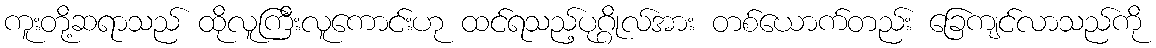
ကူးတို့ဆရာသည် ထိုလူကြီးလူကောင်းဟု ထင်ရသည့်ပုဂ္ဂိုလ်အား တစ်ယောက်တည်း ခြေကျင်လာသည်ကို